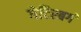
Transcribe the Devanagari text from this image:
गेटिस्बर्ग